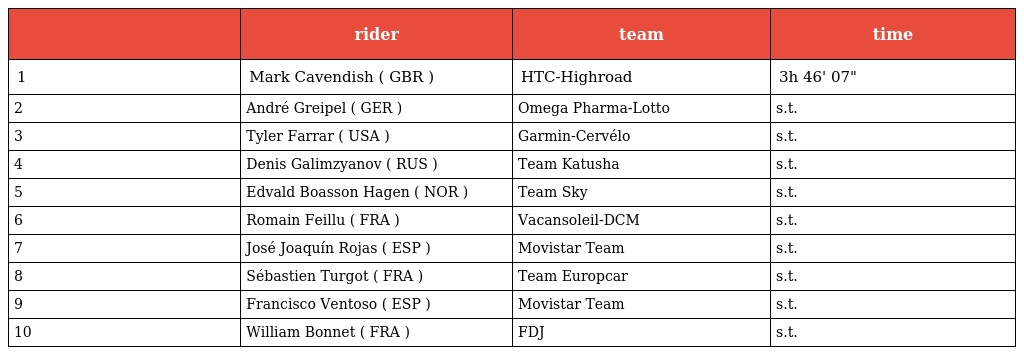
|  | rider | team | time |
 | --- | --- | --- | --- |
 | 1 | Mark Cavendish ( GBR ) | HTC-Highroad | 3h 46' 07" |
 | 2 | André Greipel ( GER ) | Omega Pharma-Lotto | s.t. |
 | 3 | Tyler Farrar ( USA ) | Garmin-Cervélo | s.t. |
 | 4 | Denis Galimzyanov ( RUS ) | Team Katusha | s.t. |
 | 5 | Edvald Boasson Hagen ( NOR ) | Team Sky | s.t. |
 | 6 | Romain Feillu ( FRA ) | Vacansoleil-DCM | s.t. |
 | 7 | José Joaquín Rojas ( ESP ) | Movistar Team | s.t. |
 | 8 | Sébastien Turgot ( FRA ) | Team Europcar | s.t. |
 | 9 | Francisco Ventoso ( ESP ) | Movistar Team | s.t. |
 | 10 | William Bonnet ( FRA ) | FDJ | s.t. |